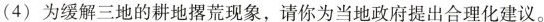
(4)为缓解三地的耕地撂荒现象，请你为当地政府提出合理化建议。